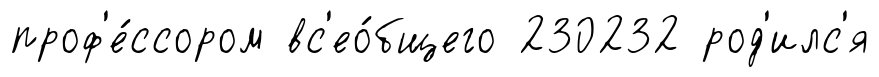
проф'е́ссором вс'ео́бщего 230232 род'илс'я